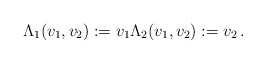
\begin{align*} \Lambda_1 (v_1,v_2) := v_1 \Lambda_2 (v_1,v_2) := v_2\,.\end{align*}